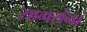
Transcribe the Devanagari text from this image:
सागरांना